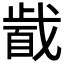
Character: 𱟞